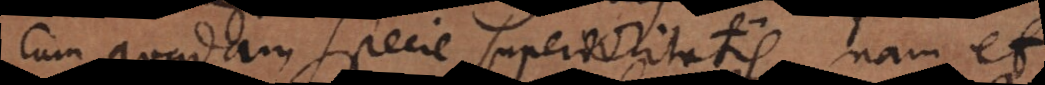
cum quadam specie superioritatis, nam et